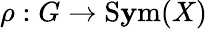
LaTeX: \rho:G\to\operatorname{S\mathbf{y}m}(X)